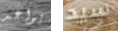
يواعد سيد